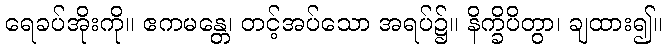
ရေခပ်အိုးကို။ ဧကမန္တေ၊ တင့်အပ်သော အရပ်၌။ နိက္ခိပိတွာ၊ ချထား၍။